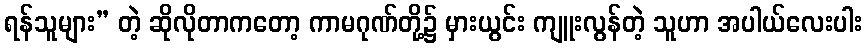
ရန်သူများ” တဲ့ ဆိုလိုတာကတော့ ကာမဂုဏ်တို့၌ မှားယွင်း ကျူးလွန်တဲ့ သူဟာ အပါယ်လေးပါး